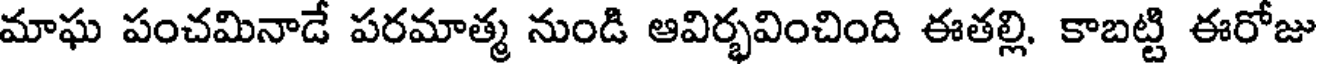
మాఘ పంచమినాడే పరమాత్మ నుండి ఆవిర్భవించింది ఈతల్లి. కాబట్టి ఈరోజు